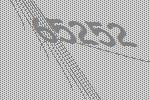
65252